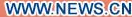
WWW.NEWS.CN